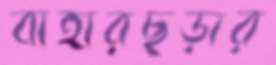
বাহারছড়ার